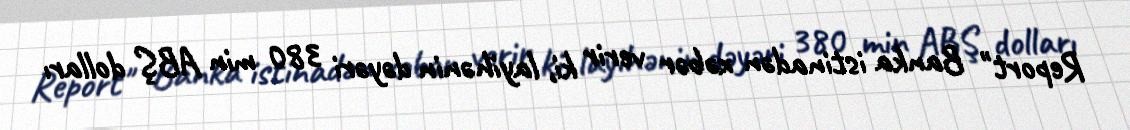
Report" Banka istinadən xəbər verir ki, layihənin dəyəri 380 min ABŞ dolları